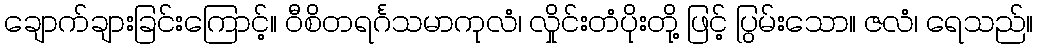
ချောက်ချားခြင်းကြောင့်။ ဝီစိတရင်္ဂသမာကုလံ၊ လှိုင်းတံပိုးတို့ ဖြင့် ပြွမ်းသော။ ဇလံ၊ ရေသည်။